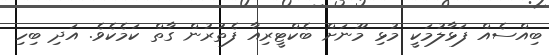
ބިއްސެއް ފަޅާލުމަކީ މުޅި މޫނަށް ބެކްޓީރިއާ ފެތުރުން ގާތް ކަމެކެވެ. އަދި ބިހި